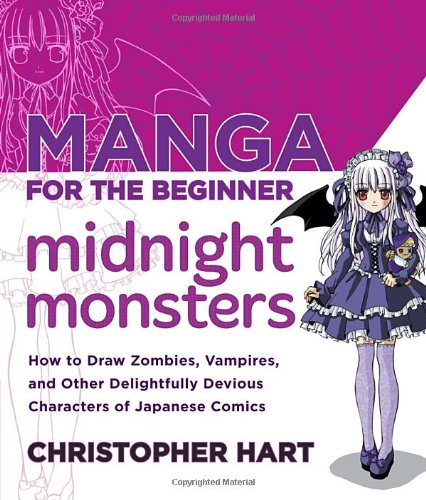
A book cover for Manga for the Beginner Midnight Monsters: How to Draw Zombies, Vampires, and Other Delightfully Devious Characters of Japanese Comics; Christopher Hart; Arts & Photography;